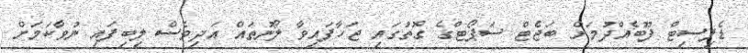
ޑެފިސިޓް ފޫބެއްދުމަށް ބަޖެޓް ސަޕޯޓްގެ ގޮތުގައި ޖަހާފައިވާ ލޯނުތައް އަދިވެސް ލިބިފައި ނުވާކަމަށް